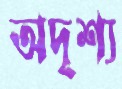
অদৃশ্য